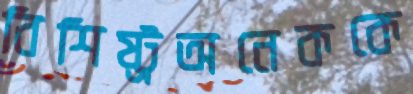
বিশিষ্ট্রঅনেককে